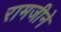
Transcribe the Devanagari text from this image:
रामजीने